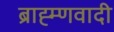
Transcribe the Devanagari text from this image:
ब्राह्म्णवादी